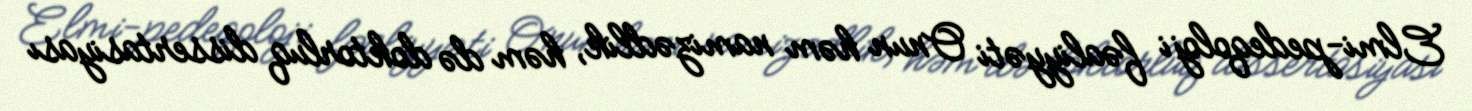
Elmi-pedeqoloji fəaliyyəti Onun həm namizədlik, həm də doktorluq dissertasiyası